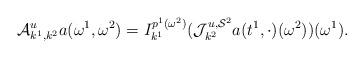
LaTeX: \begin{align*}\mathcal{A}^u_{k^1,k^2} a(\omega^1,\omega^2)= I^{p^1(\omega^2)}_{k^1}(\mathcal{J}^{u,\mathcal{S}^2}_{k^2}a(t^1,\cdot)(\omega^2))(\omega^1).\end{align*}